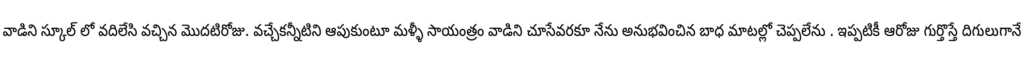
వాడిని స్కూల్ లో వదిలేసి వచ్చిన మొదటిరోజు. వచ్చేకన్నీటిని ఆపుకుంటూ మళ్ళీ సాయంత్రం వాడిని చూసేవరకూ నేను అనుభవించిన బాధ మాటల్లో చెప్పలేను . ఇప్పటికీ ఆరోజు గుర్తొస్తే దిగులుగానే